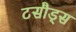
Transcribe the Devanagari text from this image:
टसौड्स